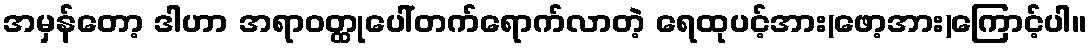
အမှန်တော့ ဒါဟာ အရာဝတ္ထုပေါ်တက်ရောက်လာတဲ့ ရေထုပင့်အား(ဖော့အား)ကြောင့်ပါ။